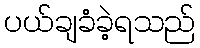
ပယ်ချခံခဲ့ရသည်